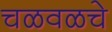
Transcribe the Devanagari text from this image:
चळवळचे